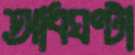
আধঘণ্টা